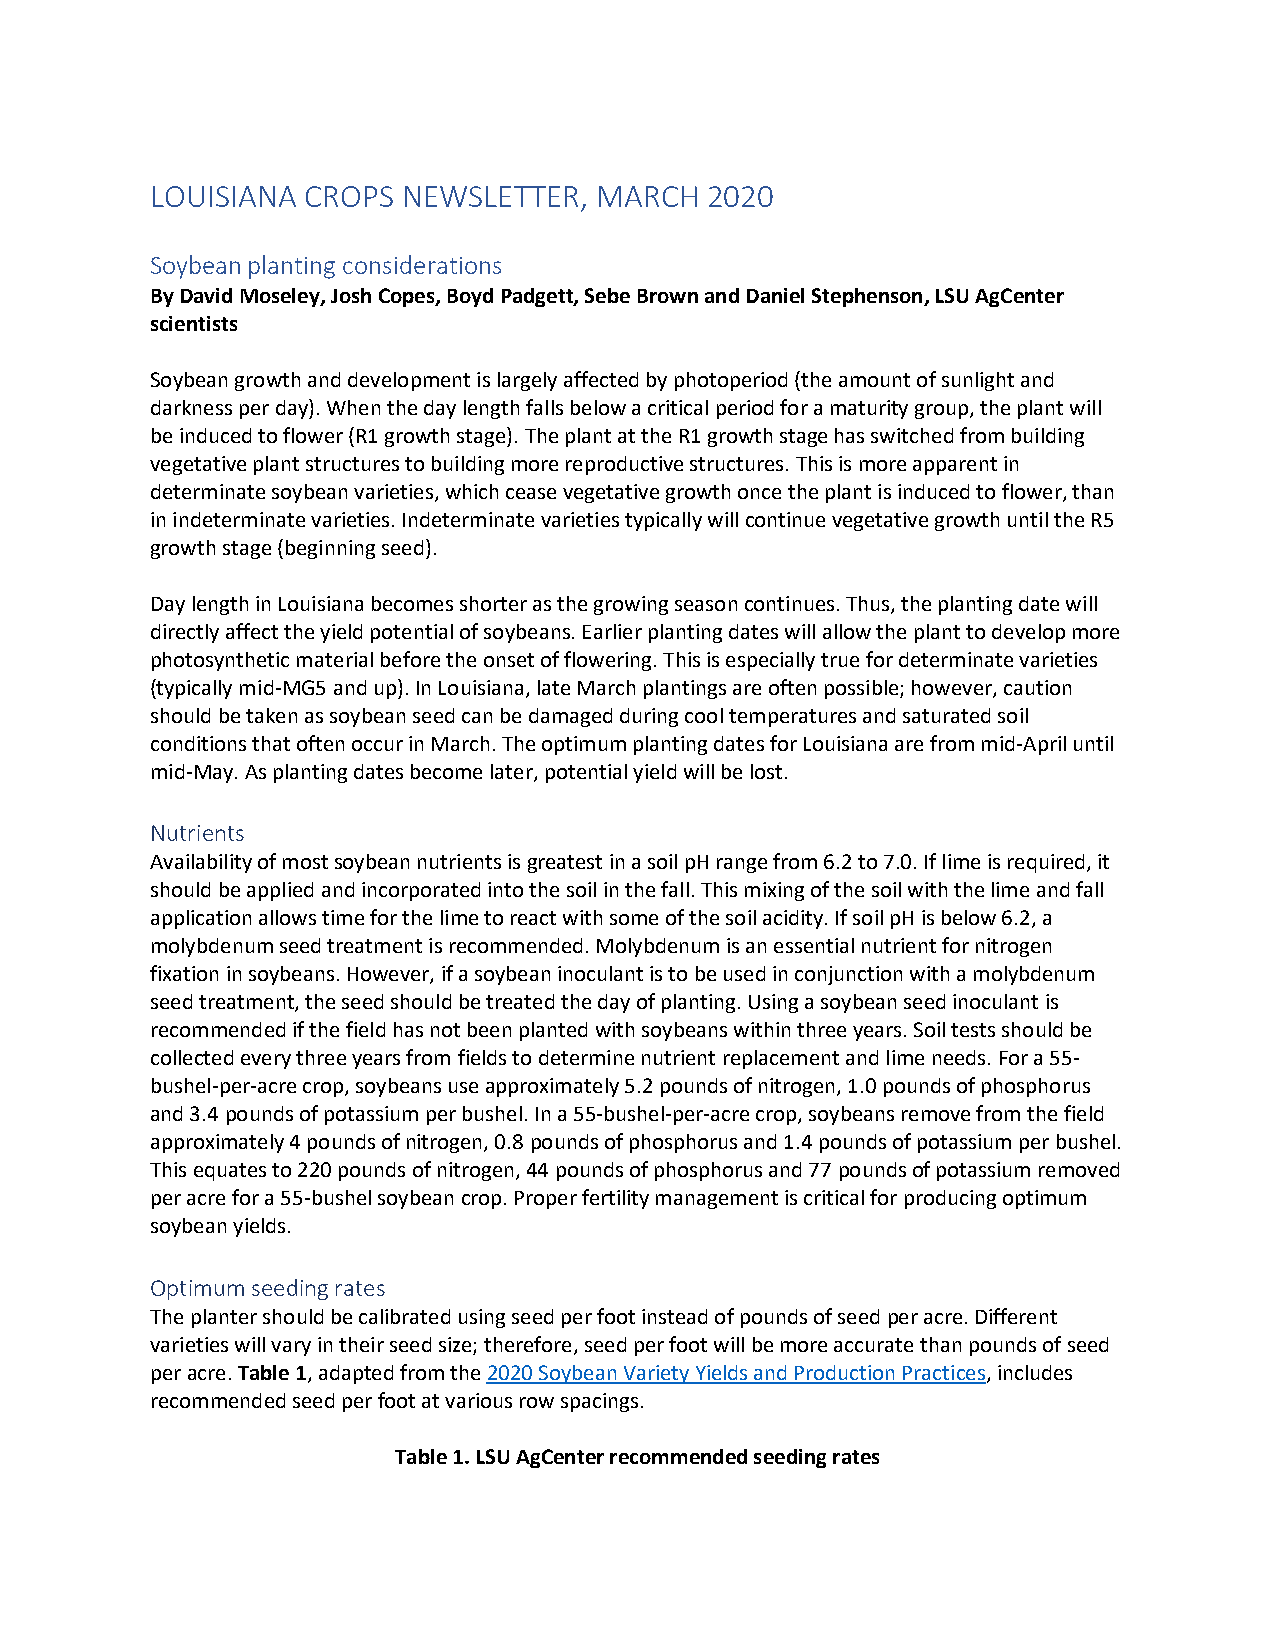
LOUISIANA CROPS  NEWSLETTER, MARCH   2020
 Soybean planting considerations
 By David Moseley, Josh Copes, Boyd Padgett, Sebe Brown and Daniel Stephenson, LSU AgCenter
 scientists
 Soybean growth and development is largely affected by photoperiod (the amount of sunlight and
 darkness per day). When the day length falls below a critical period for a maturity group, the plant will
 be induced to flower (R1 growth stage). The plant at the R1 growth stage has switched from building
 vegetative plant structures to building more reproductive structures. This is more apparent in
 determinate soybean varieties, which cease vegetative growth once the plant is induced to flower, than
 in indeterminate varieties. Indeterminate varieties typically will continue vegetative growth until the R5
 growth stage (beginning seed).
 Day length in Louisiana becomes shorter as the growing season continues. Thus, the planting date will
 directly affect the yield potential of soybeans. Earlier planting dates will allow the plant to develop more
 photosynthetic material before the onset of flowering. This is especially true for determinate varieties
 (typically mid-MG5 and up). In Louisiana, late March plantings are often possible; however, caution
 should be taken as soybean seed can be damaged during cool temperatures and saturated soil
 conditions that often occur in March. The optimum planting dates for Louisiana are from mid-April until
 mid-May. As planting dates become later, potential yield will be lost.
 Nutrients
 Availability of most soybean nutrients is greatest in a soil pH range from 6.2 to 7.0. If lime is required, it
 should be applied and incorporated into the soil in the fall. This mixing of the soil with the lime and fall
 application allows time for the lime to react with some of the soil acidity. If soil pH is below 6.2, a
 molybdenum seed treatment is recommended. Molybdenum is an essential nutrient for nitrogen
 fixation in soybeans. However, if a soybean inoculant is to be used in conjunction with a molybdenum
 seed treatment, the seed should be treated the day of planting. Using a soybean seed inoculant is
 recommended if the field has not been planted with soybeans within three years. Soil tests should be
 collected every three years from fields to determine nutrient replacement and lime needs. For a 55-
 bushel-per-acre crop, soybeans use approximately 5.2 pounds of nitrogen, 1.0 pounds of phosphorus
 and 3.4 pounds of potassium per bushel. In a 55-bushel-per-acre crop, soybeans remove from the field
 approximately 4 pounds of nitrogen, 0.8 pounds of phosphorus and 1.4 pounds of potassium per bushel.
 This equates to 220 pounds of nitrogen, 44 pounds of phosphorus and 77 pounds of potassium removed
 per acre for a 55-bushel soybean crop. Proper fertility management is critical for producing optimum
 soybean yields.
 Optimum seeding rates
 The planter should be calibrated using seed per foot instead of pounds of seed per acre. Different
 varieties will vary in their seed size; therefore, seed per foot will be more accurate than pounds of seed
 per acre. Table 1, adapted from the 2020 Soybean Variety Yields and Production Practices, includes
 recommended seed per foot at various row spacings.
 Table 1. LSU AgCenter recommended seeding rates